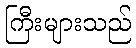
ကြီးများသည်